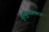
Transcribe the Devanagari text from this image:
गुरुकुलसम्प्रदय